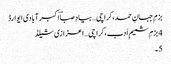
بزمِ جہانِ حمد،کراچی… بیادِ صباؔ اکبر آبادی ایوارڈ
4 بزمِ شمیمِ اَدب،کراچی… اعزازی شیلڈ
5۔